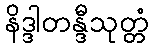
နိဒ္ဒါတန္ဒီသုတ္တံ